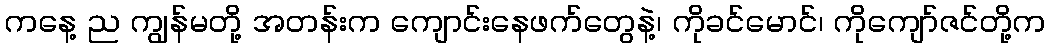
ကနေ့ ည ကျွန်မတို့ အတန်းက ကျောင်းနေဖက်တွေနဲ့၊ ကိုခင်မောင်၊ ကိုကျော်ဇင်တို့က